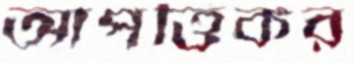
আপত্তিকর